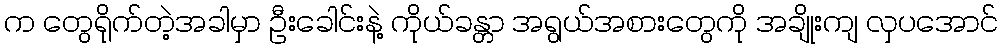
က တွေရိုက်တဲ့အခါမှာ ဦးခေါင်းနဲ့ ကိုယ်ခန္တာ အရွယ်အစားတွေကို အချိုးကျ လှပအောင်